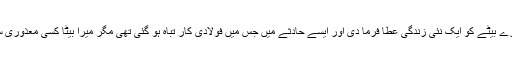
اسی سال ہی اللہ تعالیٰ نے میرے بیٹے کو ایک نئی زندگی عطا فرما دی اور ایسے حادثے میں جس میں فولادی کار تباہ ہو گئی تھی مگر میرا بیٹا کسی معذوری سے بچ کر زندہ و سلامت رہا۔